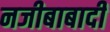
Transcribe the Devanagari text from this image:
नजीबाबादी